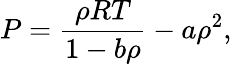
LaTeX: P=\frac{\rho RT}{1-b\rho}-a\rho^{2},